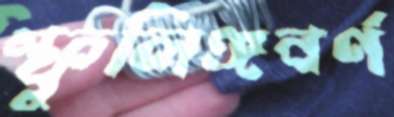
স্ফুলিঙ্গবর্ণ